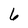
Character: 6